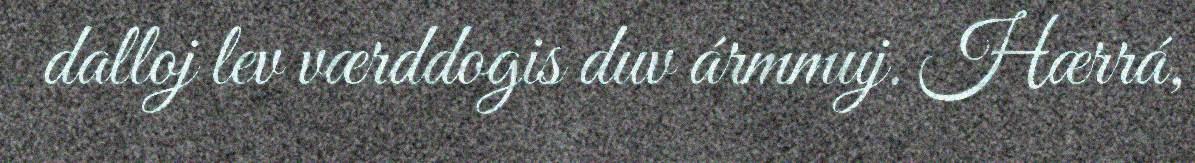
dalloj lev værddogis duv ármmuj. Hærrá,